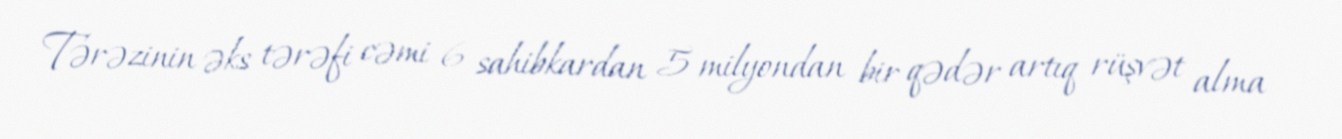
Tərəzinin əks tərəfi cəmi 6 sahibkardan 5 milyondan bir qədər artıq rüşvət alma